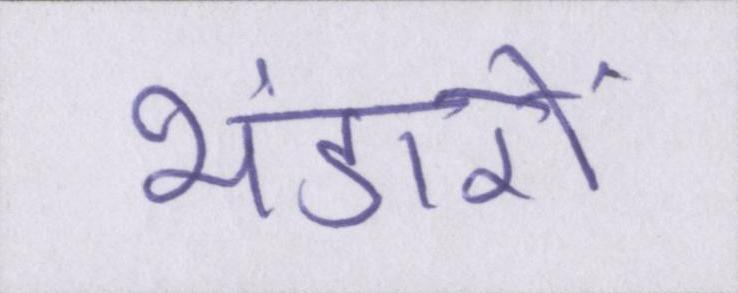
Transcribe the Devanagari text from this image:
भंडारों